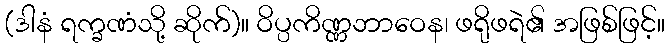
(ဒါနံ ရက္ခဏံသို့ ဆိုက်)။ ဝိပ္ပကိဏ္ဏဘာဝေန၊ ဖရိုဖရဲ၏ အဖြစ်ဖြင့်။